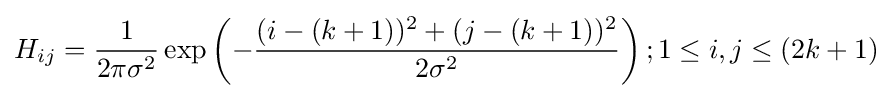
H_{ij}={\frac {1}{2\pi \sigma ^{2}}}\exp \left(-{\frac {(i-(k+1))^{2}+(j-(k+1))^{2}}{2\sigma ^{2}}}\right);1\leq i,j\leq (2k+1)